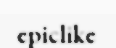
epiclike